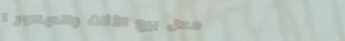
محل بيع الأثاث والديكور ا